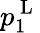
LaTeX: p_{1}^{\mathrm{~L~}}